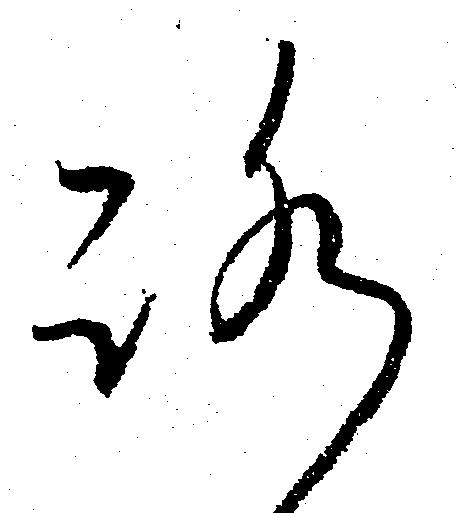
ろ